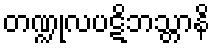
တဏ္ဍုလပဋိဘသ္တာနိ